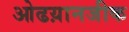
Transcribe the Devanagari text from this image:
ओढय़ानजीक